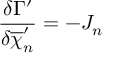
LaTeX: \frac { \delta \Gamma ^ { \prime } } { \delta \overline { { { \chi } } } _ { n } ^ { \prime } } = - J _ { n }